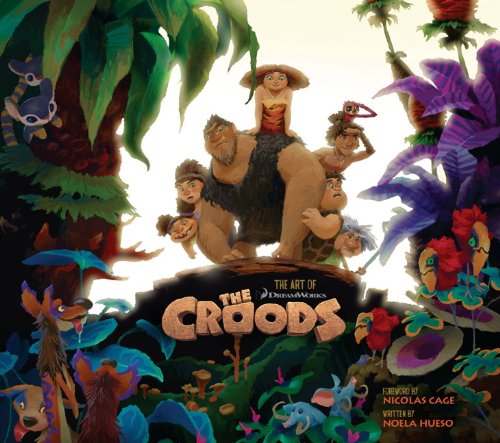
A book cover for The Art of DreamWorks the Croods; Noela Hueso; Arts & Photography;